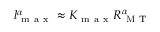
l _ { \mathrm { ~ m ~ a ~ x ~ } } ^ { \alpha } \approx K _ { \mathrm { ~ m ~ a ~ x ~ } } R _ { \mathrm { ~ M ~ T ~ } } ^ { \alpha }